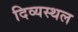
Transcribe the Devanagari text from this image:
दिव्यस्थल